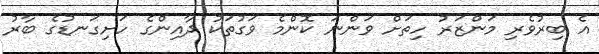
އެ ބިރުވެރި މަންޒަރު ހިތަށް ވަންނަ ކޮންމެ ވަގުތަކު ދާއިންގެ ހަށިގަނޑުގެ ބާރު